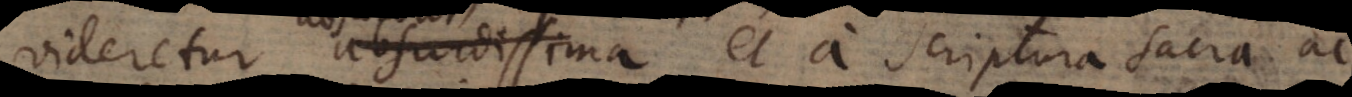
videretur absurdior, et a scriptura sacra ac